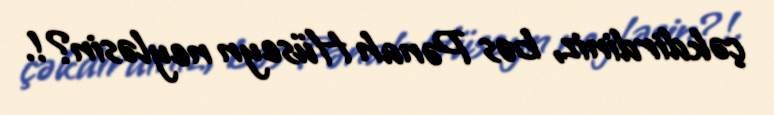
çəkdirdiniz, bəs Pənah Hüseyn neyləsin?!.